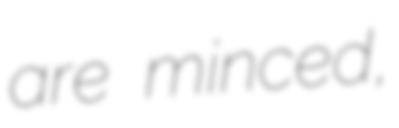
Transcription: are minced,